Vaccination in the Punjab 1905-1918 - 1905-1918
Year: 1905
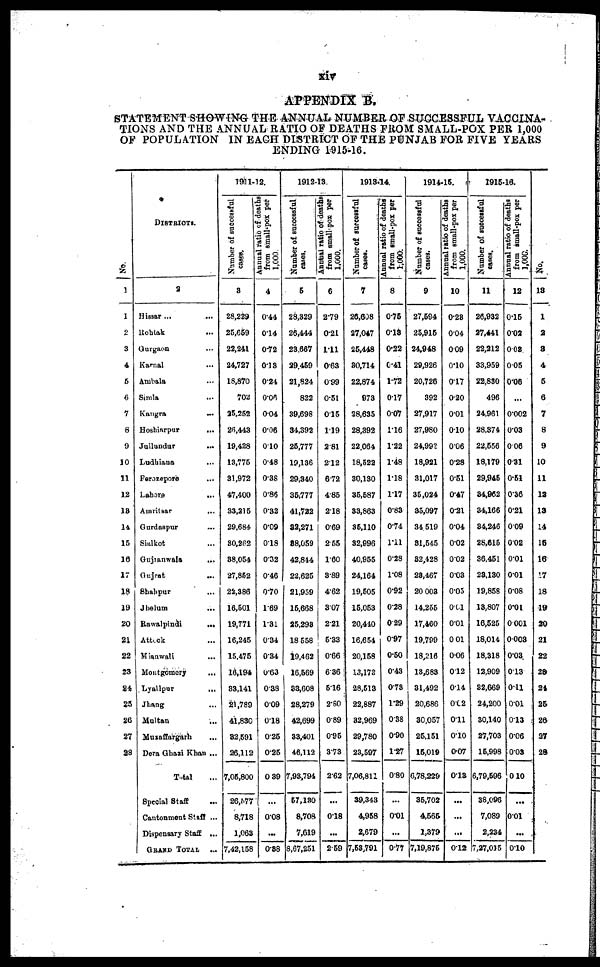
xiv
APPENDIX B.
STATEMENT SHOWING THE ANNUAL NUMBER OF SUCCESSFUL VACCINA-
TIONS AND THE ANNUAL RATIO OF DEATHS FROM SMALL-POX PER 1,000
OF POPULATION IN EACH DISTRICT OF THE PUNJAB FOR FIVE YEARS
ENDING 1915-16.
No.
1
1
2
3
4
5
6
7
8
9
10
11
12
13
14
15
16
17
18
19
20
21
22
23
24
25
26
27
28
DISTRICTS.
2
Hissar ... ...
Rohtak ...
Gurgaon ...
Karnal ...
Ambala ...
Simla ...
Kangra
...
Hoshiarpur
...
Jullundar ...
Ludhiana ...
Ferozepore ...
Lahore
...
Amritsar ...
Gurdaspur ...
Sialkot ...
Gujranwala
...
Gujrat ...
Shahpur ...
Jhelum ...
Rawalpindi
...
Attock ...
Mianwali ...
Montgomery
...
Lyallpur
...
Jhang ...
Multan
...
Muzaffargarh ...
Dera Ghazi Khan ...
Total ...
Special Staff ...
Cantonment Staff ...
Dispensary Staff ...
GRAND TOTAL
...
1911-12.
Number of succeful
cases.
3
28,229
25,659
22,241
24,727
18,870
702
25,252
26,443
19,428
13,775
31,972
47,400
33,215
29,684
30,282
38,054
27,852
22,386
16,501
19,771
16,245
15,475
16,194
83,141
21,789
41,830
32,591
26,112
7,05,800
26,877
8,718
1,063
7,42,158
Annual ratio of deaths
from small-pox per
1,000
4
0.44
0.14
0.72
0.13
0.24
0.06
0.04
0.06
0.10
0.48
0.38
0.86
0.32
0.09
0.18
0.32
0.46
0.70
1.69
1.31
0.34
0.34
0.63
0.38
0.09
0.18
0.25
0.25
0.39
...
0.08
...
0.38
1912-13
Number of successful
cases.
5
28,329
25,444
23,667
29,459
21,824
822
39,698
34,392
25,777
19,136
29,340
35,777
41,722
32,271
38,059
42,844
22,625
21,959
15,668
25,298
18,558
19,462
16,569
33,608
28,279
42,699
33,401
46,112
7,93,794
57,130
8,708
7,619
8,67,251
Annual ratio of deaths
from small-pox per
1,000.
6
2.79
0.21
1.11
0.63
0.99
0.51
0.15
1.19
2.81
2.12
6.72
4.85
2.18
0.69
2.55
1.60
3.89
4.62
3.07
2.21
5.83
0.66
6.86
5.16
2.80
0.89
0.95
3.73
2.62
...
0.18
...
2.59
1913-14
Number of successful
cases.
7
26,608
27,047
25,448
30,714
22,874
973
28,635
28,392
22.064
18,522
30,130
35,587
33,863
35,110
32,996
40,955
24,164
19,505
15,053
20,440
16,654
20,158
13,173
28,513
22,887
32,969
29,780
23,597
7,06,811
39,343
4,958
2,679
7,58,791
Annual ratio of deaths
from small-pox per
1,000.
8
0.75
0.13
0.22
0.41
1.72
0.17
0.07
1.16
1.22
1.48
1.18
1.17
0.83
0.74
1.11
0.28
1.08
0.92
0.28
0.29
0.97
0.50
0.43
0.73
1.29
0.38
0.90
1.27
0.80
...
0.01
...
0.77
1914-15.
Number of successful
cases.
9
27,594
25,915
24,948
29,926
20,726
392
27,917
27,980
24,992
18,921
31,017
35,024
35,097
34,519
31,545
32,428
28,467
20,008
14,255
17,460
19,799
18,216
13,683
31,492
20,686
30,057
25,151
15,019
6,78,229
35,702
4,565
1,379
7,19,875
Annual ratio of deaths
from small-pox per
1,000.
10
0.23
0.04
0.09
0.10
0.17
0.20
0.01
0.10
0.06
0.28
0.51
0.47
0.21
0.04
0.02
0.02
0.03
0.05
0.61
0.01
0.01
0.06
0.12
0.14
0.02
0.11
0.10
0.07
0.13
...
...
...
0.12
1915-16.
Number of successful
cases.
11
26,932
27,441
22,212
33,959
22,830
496
24,961
28,374
22,556
18,179
29,945
34,962
34,166
34,246
28,615
36,451
28,130
19,858
13,807
16,525
18,014
18,318
12,909
32,669
24,200
30,140
27,703
15,998
6,79,596
38,096
7,089
2,234
7,27,015
Annual ratio of deaths
from small-pox per
1,000.
12
0.15
0.02
0.08
0.05
0.06
...
0.002
0.03
0.06
0.31
0.51
0.36
0.21
0.09
0.02
0.01
0.01
0.08
0.01
0.001
0.003
0.03
0.13
0.11
0.01
0.13
0.06
0.03
0.10
...
0.01
...
0.10
No.
13
1
2
3
4
5
6
7
8
9
10
11
12
13
14
15
16
17
18
19
20
21
22
23
24
25
26
27
28